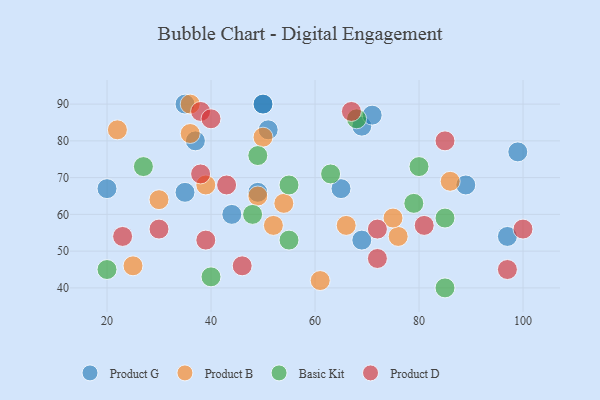
{"axis": {"x": "GDP", "y": "Life Expectancy"}, "legend": ["Basic Kit", "Product B", "Product D", "Product G"], "data": [{"x": "51", "y": 83, "type": "Product G"}, {"x": "49", "y": 66, "type": "Product G"}, {"x": "50", "y": 90, "type": "Product G"}, {"x": "37", "y": 80, "type": "Product G"}, {"x": "65", "y": 67, "type": "Product G"}, {"x": "69", "y": 53, "type": "Product G"}, {"x": "69", "y": 84, "type": "Product G"}, {"x": "71", "y": 87, "type": "Product G"}, {"x": "97", "y": 54, "type": "Product G"}, {"x": "35", "y": 90, "type": "Product G"}, {"x": "44", "y": 60, "type": "Product G"}, {"x": "20", "y": 67, "type": "Product G"}, {"x": "89", "y": 68, "type": "Product G"}, {"x": "99", "y": 77, "type": "Product G"}, {"x": "35", "y": 66, "type": "Product G"}, {"x": "50", "y": 90, "type": "Product G"}, {"x": "76", "y": 54, "type": "Product B"}, {"x": "66", "y": 57, "type": "Product B"}, {"x": "36", "y": 82, "type": "Product B"}, {"x": "75", "y": 59, "type": "Product B"}, {"x": "49", "y": 65, "type": "Product B"}, {"x": "22", "y": 83, "type": "Product B"}, {"x": "25", "y": 46, "type": "Product B"}, {"x": "36", "y": 90, "type": "Product B"}, {"x": "50", "y": 81, "type": "Product B"}, {"x": "61", "y": 42, "type": "Product B"}, {"x": "52", "y": 57, "type": "Product B"}, {"x": "54", "y": 63, "type": "Product B"}, {"x": "39", "y": 68, "type": "Product B"}, {"x": "30", "y": 64, "type": "Product B"}, {"x": "86", "y": 69, "type": "Product B"}, {"x": "27", "y": 73, "type": "Basic Kit"}, {"x": "85", "y": 59, "type": "Basic Kit"}, {"x": "48", "y": 60, "type": "Basic Kit"}, {"x": "68", "y": 86, "type": "Basic Kit"}, {"x": "49", "y": 76, "type": "Basic Kit"}, {"x": "63", "y": 71, "type": "Basic Kit"}, {"x": "40", "y": 43, "type": "Basic Kit"}, {"x": "85", "y": 40, "type": "Basic Kit"}, {"x": "55", "y": 53, "type": "Basic Kit"}, {"x": "79", "y": 63, "type": "Basic Kit"}, {"x": "55", "y": 68, "type": "Basic Kit"}, {"x": "20", "y": 45, "type": "Basic Kit"}, {"x": "80", "y": 73, "type": "Basic Kit"}, {"x": "38", "y": 88, "type": "Product D"}, {"x": "97", "y": 45, "type": "Product D"}, {"x": "39", "y": 53, "type": "Product D"}, {"x": "100", "y": 56, "type": "Product D"}, {"x": "40", "y": 86, "type": "Product D"}, {"x": "67", "y": 88, "type": "Product D"}, {"x": "81", "y": 57, "type": "Product D"}, {"x": "72", "y": 48, "type": "Product D"}, {"x": "85", "y": 80, "type": "Product D"}, {"x": "72", "y": 56, "type": "Product D"}, {"x": "30", "y": 56, "type": "Product D"}, {"x": "46", "y": 46, "type": "Product D"}, {"x": "38", "y": 71, "type": "Product D"}, {"x": "23", "y": 54, "type": "Product D"}, {"x": "43", "y": 68, "type": "Product D"}]}